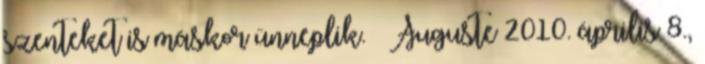
szenteket is máskor ünneplik. – Auguste 2010. április 8.,